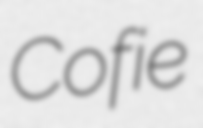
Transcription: Cofie